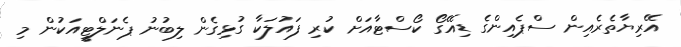
އޭރިޔާތެރެއިން ސްޕެއިންގެ ޑިއޭގޯ ކޯސްޓާއަށް ކުރި ފައުލަކާ ގުޅިގެން ލިބުނު ޕެނަލްޓީއަކުން މި